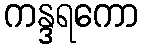
ကန္ဒရကော